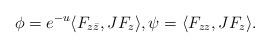
LaTeX: \begin{align*}\phi=e^{-u}\langle F_{z\bar z}, JF_z \rangle, \psi=\langle F_{zz}, JF_z \rangle.\end{align*}